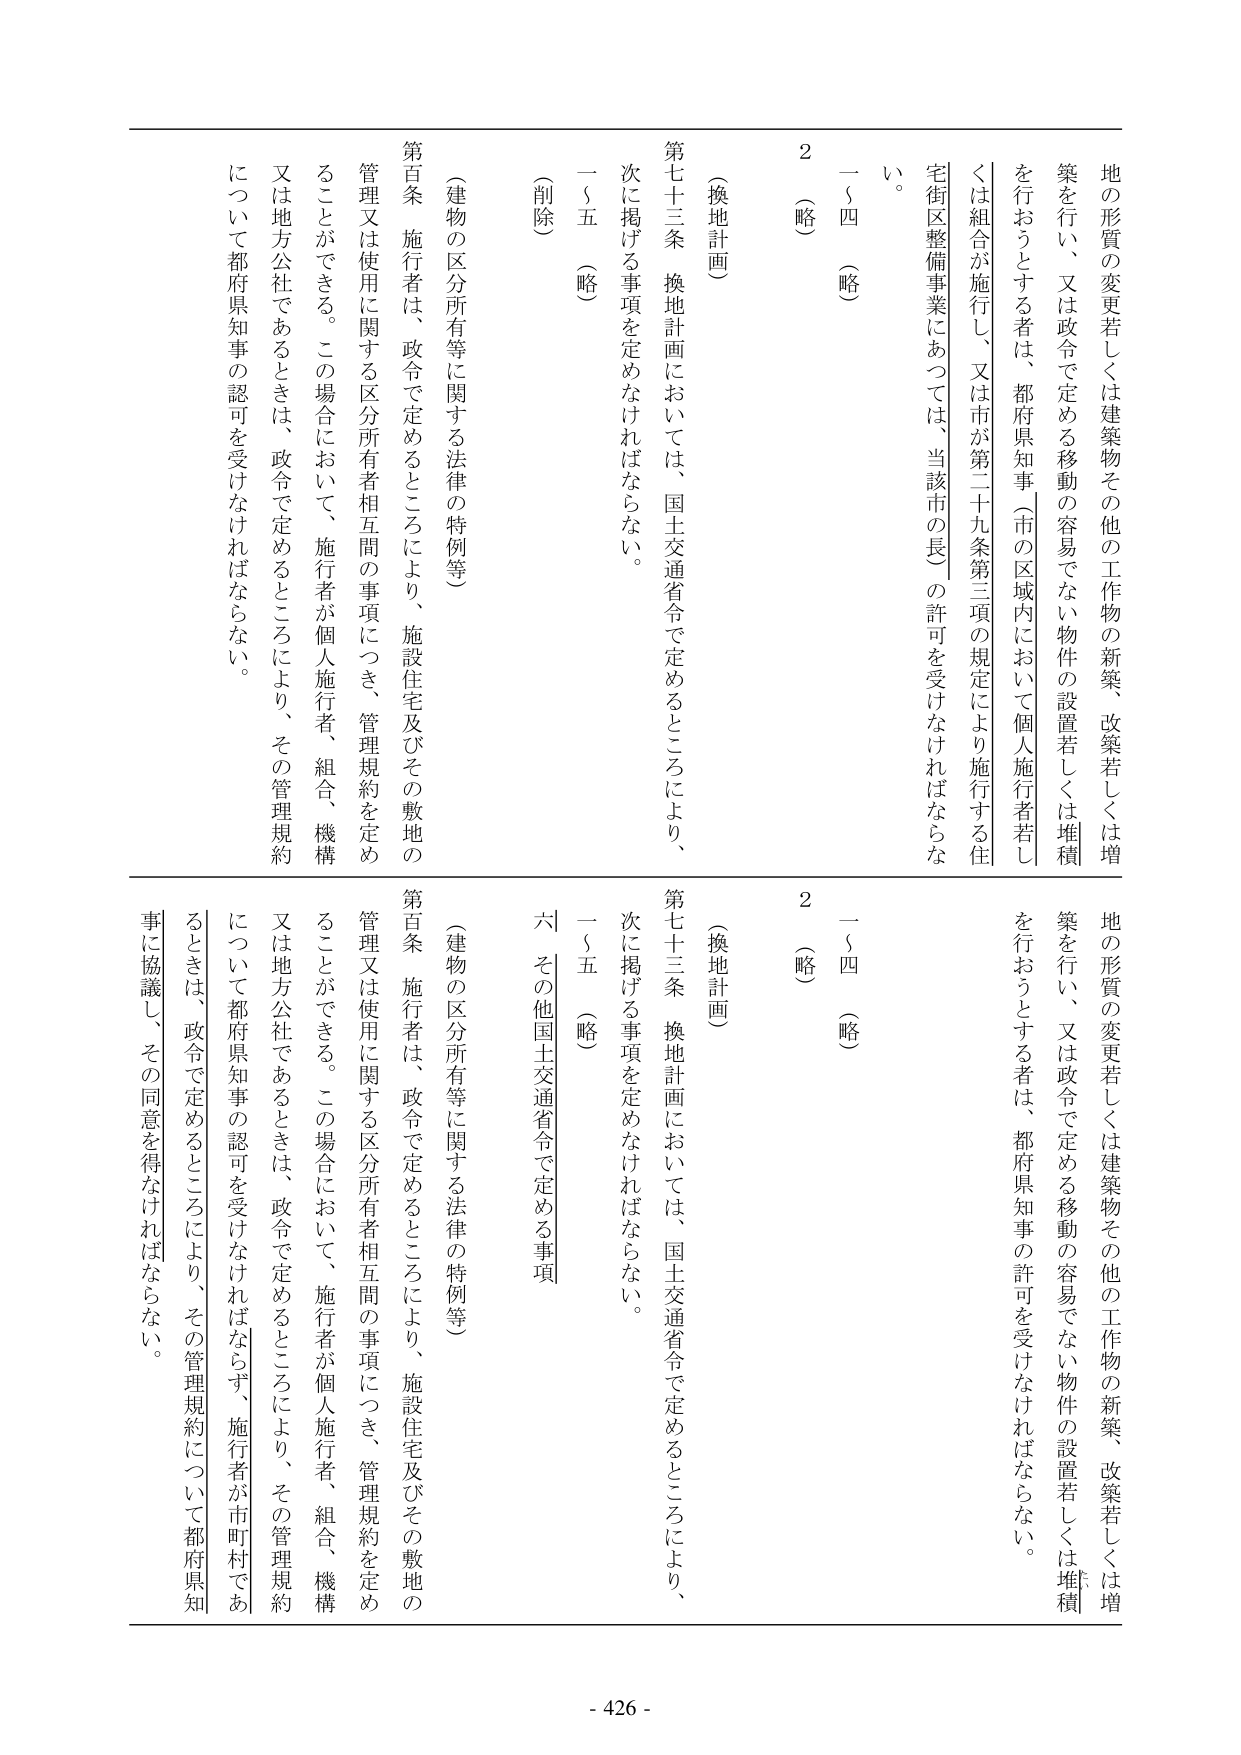
地の形質の変更若しくは建築物その他の工作物の新築、改築若しくは増築を行い、又は政令で定める移動の容易でない物件の設置若しくは堆積を行うとする者は、都府県知事（市の区域内において個人施行者若しくは組合が施行し、又は市が第二十九条第三項の規定により施行する住宅街区整備事業にあっては、当該市の長）の許可を受けなければならない。

一～四（略）

2（略）

（換地計画）

第七十三条 換地計画においては、国土交通省令で定めるところにより、次に掲げる事項を定めなければならない。

一～五（略）

（削除）

（建物の区分所有等に関する法律の特例等）

第百条 施行者は、政令で定めるところにより、施設住宅及びその敷地の管理又は使用に関する区分所有者相互間の事項につき、管理規約を定めることができる。この場合において、施行者が個人施行者、組合、機構又は地方公社であるときは、政令で定めるところにより、その管理規約について都府県知事の認可を受けなければならない。

地の形質の変更若しくは建築物その他の工作物の新築、改築若しくは増築を行い、又は政令で定める移動の容易でない物件の設置若しくは堆積を行うとする者は、都府県知事の許可を受けなければならない。

一～四（略）

2（略）

（換地計画）

第七十三条 換地計画においては、国土交通省令で定めるところにより、次に掲げる事項を定めなければならない。

一～五（略）

六 その他国土交通省令で定める事項

（建物の区分所有等に関する法律の特例等）

第百条 施行者は、政令で定めるところにより、施設住宅及びその敷地の管理又は使用に関する区分所有者相互間の事項につき、管理規約を定めることができる。この場合において、施行者が個人施行者、組合、機構又は地方公社であるときは、政令で定めるところにより、その管理規約について都府県知事の認可を受けなければならない。施行者が市町村であるときは、政令で定めるところにより、その管理規約について都府県知事に協議し、その同意を得なければならない。

- 426 -